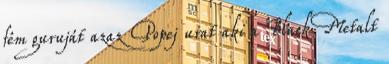
fém guruját azaz Popej urat aki a Black Metalt